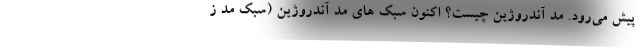
پیش می‌رود. مد آندروژین چیست؟ اکنون سبک های مد آندروژین (سبک مد ز